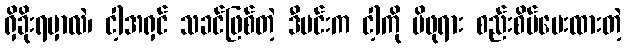
ရှိခိုးရမှာလဲ၊ ငါ့အရှင် သခင်ဖြစ်တဲ့ ဒီမင်းက ငါ့ကို မိဖုရား စည်းစိမ်ပေးထားတဲ့